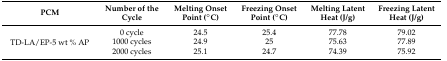
<table><thead><tr><td><b>PCM</b></td><td><b>Number of the Cycle</b></td><td><b>Melting Onset Point (°C)</b></td><td><b>Freezing Onset Point (°C)</b></td><td><b>Melting Latent Heat (J/g)</b></td><td><b>Freezing Latent Heat (J/g)</b></td></tr></thead><tbody><tr><td rowspan="3">TD-LA/EP-5 wt % AP</td><td>0 cycle</td><td>24.5</td><td>25.4</td><td>77.78</td><td>79.02</td></tr><tr><td>1000 cycles</td><td>24.9</td><td>25</td><td>75.63</td><td>77.89</td></tr><tr><td>2000 cycles</td><td>25.1</td><td>24.7</td><td>74.39</td><td>75.92</td></tr></tbody></table>